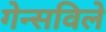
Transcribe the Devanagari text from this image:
गेन्सविले